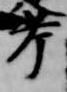
考